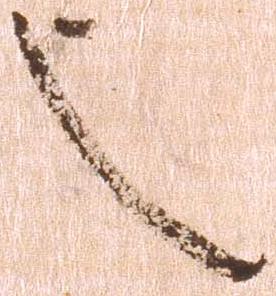
也